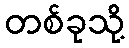
တစ်ခုသို့